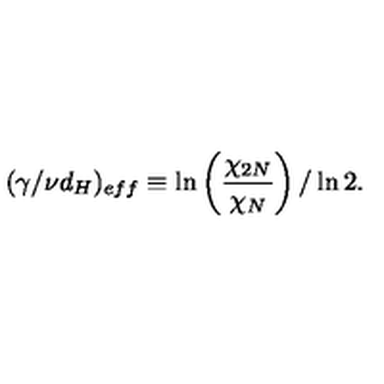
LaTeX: ( \gamma / \nu d _ { H } ) _ { e f f } \equiv \ln \left( { \frac { \chi _ { 2 N } } { \chi _ { N } } } \right) / \ln 2 .